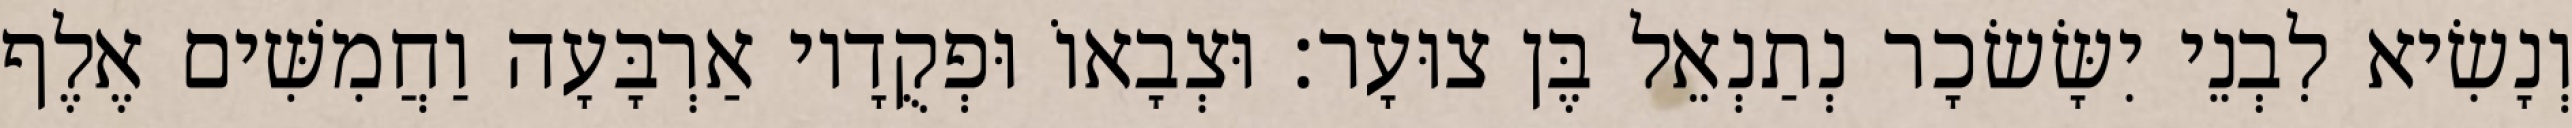
וְנָשִׂיא לִבְנֵי יִשָּׂשׂכָר נְתַנְאֵל בֶּן צוּעָר׃ וּצְבָאוֹ וּפְקֻדָיו אַרְבָּעָה וַחֲמִשִּׁים אֶלֶף